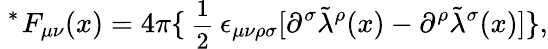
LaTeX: \mathrm{\mathrm{}~^{*}\! ~}F_{\mu\nu}(x)=4\pi\{ \mathrm{\small~\frac{1}{2}~}\epsilon_{\mu\nu\rho\sigma}[\partial^{\sigma}{\tilde{\lambda}}^{\rho}(x)-\partial^{\rho}{\tilde{\lambda}}^{\sigma}(x)]\} ,